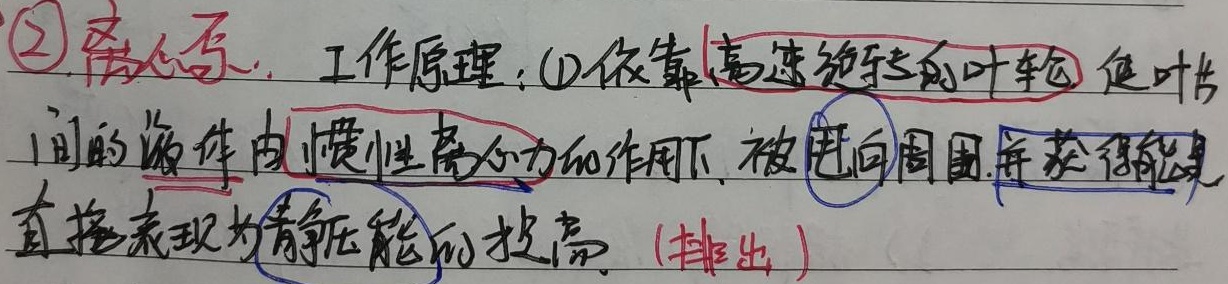
\textcircled{2} 离心泵：工作原理：\textcircled{1}依靠高速旋转的叶轮，使叶片间的液体在惯性离心力的作用下，被甩向周围，并获得能量，直接表现为静压能的提高。（排出）